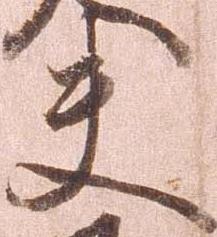
夫